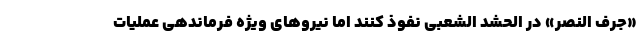
«جرف النصر» در الحشد الشعبی نفوذ کنند اما نیروهای ویژه فرماندهی عملیات